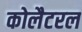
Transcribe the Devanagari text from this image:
कोलैटरल